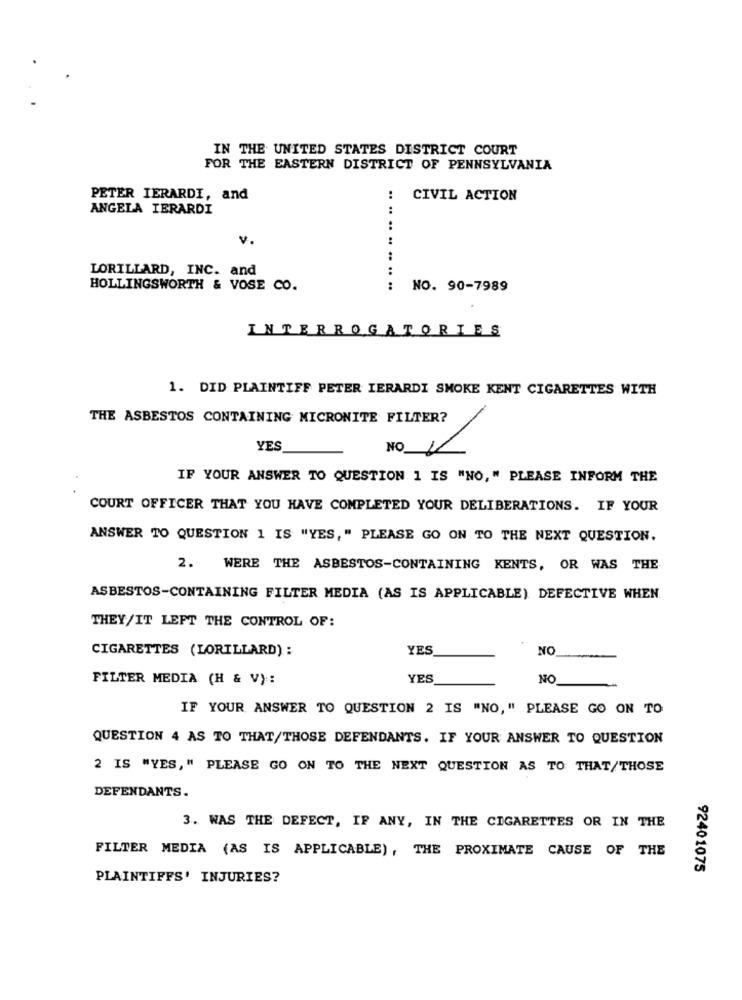
IN THE UNITED STATES DISTRICT COURT
FOR THE EASTERN DISTRICT OF PENNSYLVANIA
PETER IERARDI, and
CIVIL ACTION
ANGELA IERARDI
v.
LORILLARD, INC. and
HOLLINGSWORTH & VOSE CO.
.. .. .. .. .. .. ..
NO. 90-7989
INTERROGATORIES
1. DID PLAINTIFF PETER IERARDI SMOKE KENT CIGARETTES WITH
THE ASBESTOS CONTAINING MICRONITE FILTER?
YES
NO
IF YOUR ANSWER TO QUESTION 1 IS "NO," PLEASE INFORM THE
COURT OFFICER THAT YOU HAVE COMPLETED YOUR DELIBERATIONS. IF YOUR
ANSWER TO QUESTION 1 IS "YES," PLEASE GO ON TO THE NEXT QUESTION.
2. WERE THE ASBESTOS-CONTAINING KENTS, OR WAS THE
ASBESTOS-CONTAINING FILTER MEDIA (AS IS APPLICABLE) DEFECTIVE WHEN.
THEY/IT LEFT THE CONTROL OF:
CIGARETTES (LORILLARD) :
YES
NO
ON
FILTER MEDIA (H & V):
YES
IF YOUR ANSWER TO QUESTION 2 IS "NO," PLEASE GO ON TO
QUESTION 4 AS TO THAT/THOSE DEFENDANTS. IF YOUR ANSWER TO QUESTION
2 IS "YES," PLEASE GO ON TO THE NEXT QUESTION AS TO THAT/THOSE
DEFENDANTS.
3. WAS THE DEFECT, IF ANY, IN THE CIGARETTES OR IN THE
FILTER MEDIA (AS IS APPLICABLE), THE PROXIMATE CAUSE OF THE
92401075
PLAINTIFFS' INJURIES?